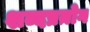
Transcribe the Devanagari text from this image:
शब्दप्रय़ोग